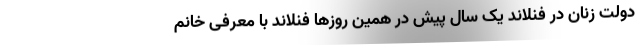
دولت زنان در فنلاند یک سال پیش در همین روزها فنلاند با معرفی خانم